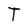
Character: T